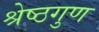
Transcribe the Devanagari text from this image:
श्रेष्ठगुण